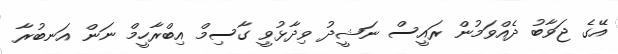
އޭގެ ޖަވާބު ދެއްވަމުން ރައީސް ނަޝީދު ވިދާޅުވީ ގާސިމް އިބްރާހީމް ނަން އަނބުރާ